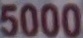
5000